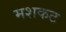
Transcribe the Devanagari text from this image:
मशकट